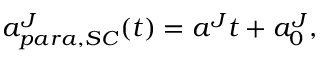
a _ { p a r a , S C } ^ { J } ( t ) = a ^ { J } t + a _ { 0 } ^ { J } ,